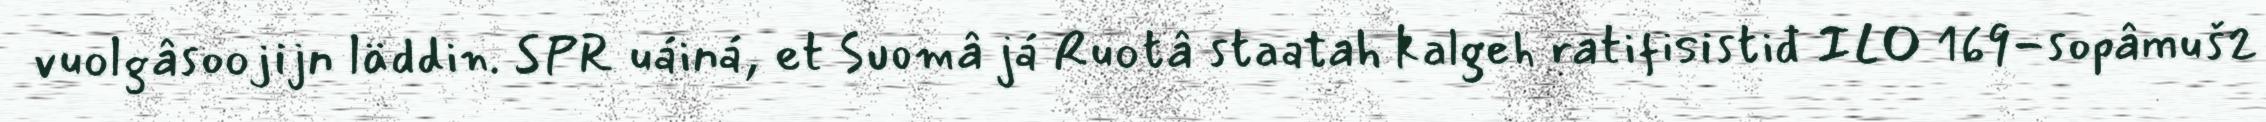
vuolgâsoojijn läddin. SPR uáiná, et Suomâ já Ruotâ staatah kalgeh ratifisistiđ ILO 169-sopâmuš2